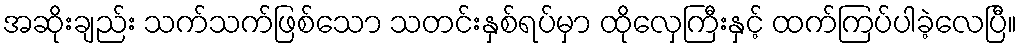
အဆိုးချည်း သက်သက်ဖြစ်သော သတင်းနှစ်ရပ်မှာ ထိုလှေကြီးနှင့် ထက်ကြပ်ပါခဲ့လေပြီ။